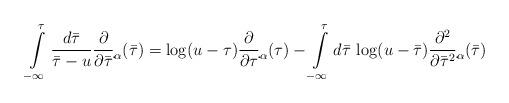
LaTeX: \begin{align*}\int\limits^{\tau}_{-\infty}\frac{d{\bar\tau}}{{\bar\tau}-u}\frac{\partial}{\partial{\bar\tau}}\d{}_{\alpha}({\bar\tau})=\log (u-\tau)\frac{\partial}{\partial\tau}\d{}_{\alpha}(\tau)-\int\limits^{\tau}_{-\infty}d{\bar\tau}\,\log(u-{\bar\tau})\frac{\partial^2}{\partial{\bar\tau}^2}\d{}_{\alpha}({\bar\tau})\end{align*}